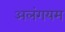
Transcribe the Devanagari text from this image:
अलंगयम